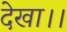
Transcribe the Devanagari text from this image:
देखा।।